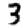
Digit: 3